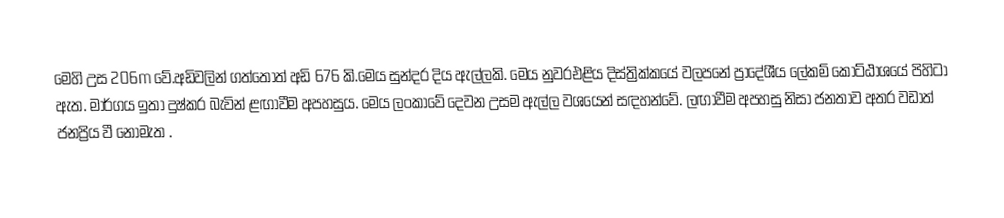
මෙහි උස 206m වේ.අඩිවලින් ගත්තොත් අඩි 676 කි.මෙය සුන්දර දිය ඇල්ලකි.  මෙය නුවරඑළිය දිස්ත්‍රික්කයේ වලපනේ ප්‍රාදේශීය ලේකම් කොට්ඨාශයේ පිහිටා ඇත. මාර්ගය ඉතා දුෂ්කර බැවින් ළඟාවීම අපහසුය. මෙය ලංකාවේ දෙවන උසම ඇල්ල වශයෙන්  සඳහන්වේ. ලඟාවීම අපහසු නිසා ජනතාව අතර වඩාත් ජනප්‍රිය වී නොමැත .